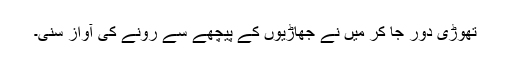
تھوڑی دور جا کر میں نے جھاڑیوں کے پیچھے سے رونے کی آواز سنی۔